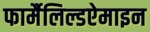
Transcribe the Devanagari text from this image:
फार्मैलिल्डऐमाइन